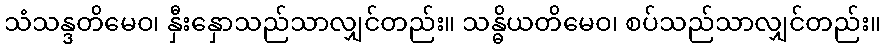
သံသန္ဒတိမေဝ၊ နှီးနှောသည်သာလျှင်တည်း။ သန္ဓိယတိမေဝ၊ စပ်သည်သာလျှင်တည်း။